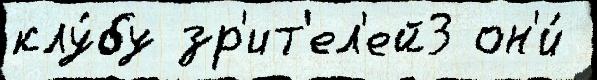
клу́бу зр'ит'ел'ей3 он'и́